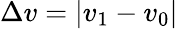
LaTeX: \Delta{v}=|v_{1}-v_{0}|